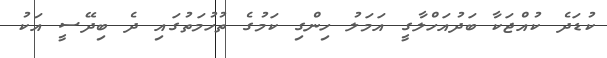
ކުޑަދެ ކުއްޖަކާ ބަދުއަހްލާގީ އަމަލު ހިންގި ކަމުގެ ތުހުމަތުގައި ދެ ބިދޭސީ އަކު